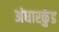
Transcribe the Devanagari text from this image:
अंधारकुंड